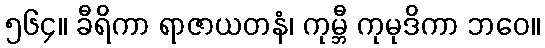
၅၆၄။ ခီရိကာ ရာဇာယတနံ၊ ကုမ္ဘီ ကုမုဒိကာ ဘဝေ။